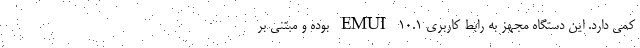
کمی دارد. این دستگاه مجهز به رابط کاربری EMUI 10.1 بوده و مبتنی بر